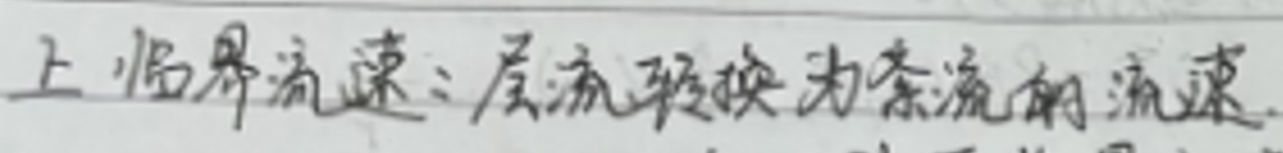
上临界流速：层流转换为紊流的流速.